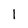
Character: l